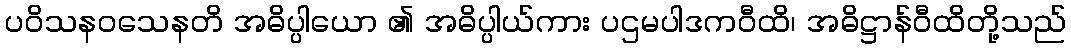
ပဝိသနဝသေနတိ အဓိပ္ပါယော ၏ အဓိပ္ပါယ်ကား ပဌမပါဒကဝီထိ၊ အဓိဋ္ဌာန်ဝီထိတို့သည်